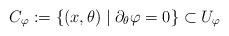
LaTeX: \begin{align*} C_\varphi:=\{(x,\theta)\mid \partial_\theta \varphi=0\}\subset U_\varphi\end{align*}